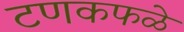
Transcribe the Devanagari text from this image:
टणकफळे